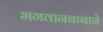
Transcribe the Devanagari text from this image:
भगवानबाबाने